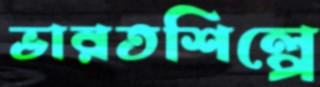
ভারতশিল্পে